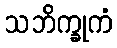
သဘိက္ခုကံ